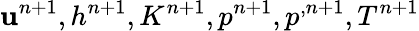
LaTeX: {\mathbf u}^{n+1},h^{n+1},K^{n+1},p^{n+1},p^{,n+1},T^{n+1}